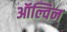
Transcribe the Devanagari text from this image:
ऑल्विन